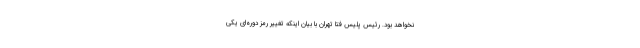
نخواهد بود. رئیس پلیس فتا تهران با بیان اینکه تغییر رمز دوره‌ای یکی